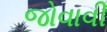
જોવાવી